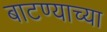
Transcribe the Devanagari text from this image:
बाटण्याच्या